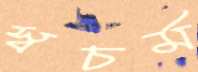
স্বচর্ম